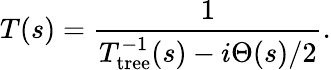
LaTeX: T(s)={\frac{1}{T_{\mathrm{tree}}^{-1}(s)-i\Theta(s)/2}}.